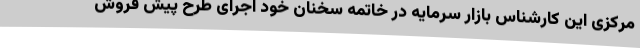
مرکزی این کارشناس بازار سرمایه در خاتمه سخنان خود اجرای طرح پیش فروش